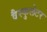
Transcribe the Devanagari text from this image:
वैस्कुलेटर